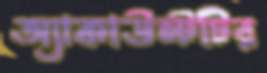
অ্যাকাউন্টটির